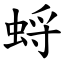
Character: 蛶